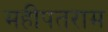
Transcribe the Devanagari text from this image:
महीपतराम